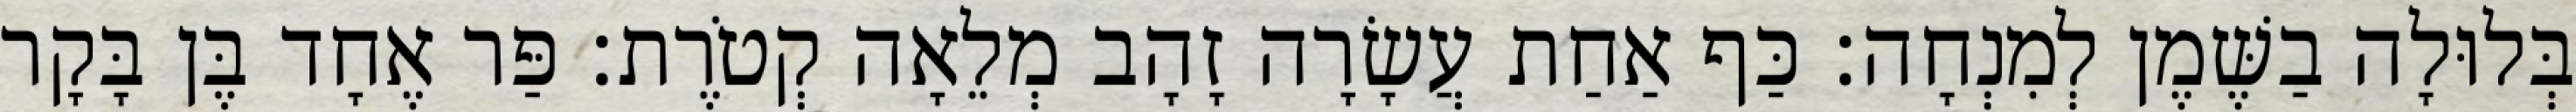
בְּלוּלָה בַשֶּׁמֶן לְמִנְחָה׃ כַּף אַחַת עֲשָׂרָה זָהָב מְלֵאָה קְטֹרֶת׃ פַּר אֶחָד בֶּן בָּקָר